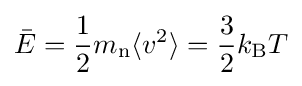
{\bar {E}}={\frac {1}{2}}m_{\text{n}}\langle v^{2}\rangle ={\frac {3}{2}}k_{\text{B}}T